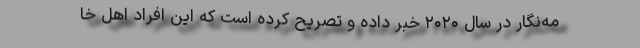
مه‌نگار در سال ۲۰۲۰ خبر داده و تصریح کرده است که این افراد اهل خا